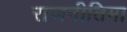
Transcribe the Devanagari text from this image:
राजनीतिमा